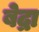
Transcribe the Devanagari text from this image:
बेद्रा